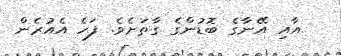
އާއި އޭނާގެ ބޮޑުންގެ ގާތަށެވެ. ފަހެ އެއުރެން